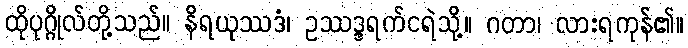
ထိုပုဂ္ဂိုလ်တို့သည်။ နိရယုဿဒံ၊ ဥဿဒ္ဒရက်ငရဲသို့။ ဂတာ၊ လားရကုန်၏။